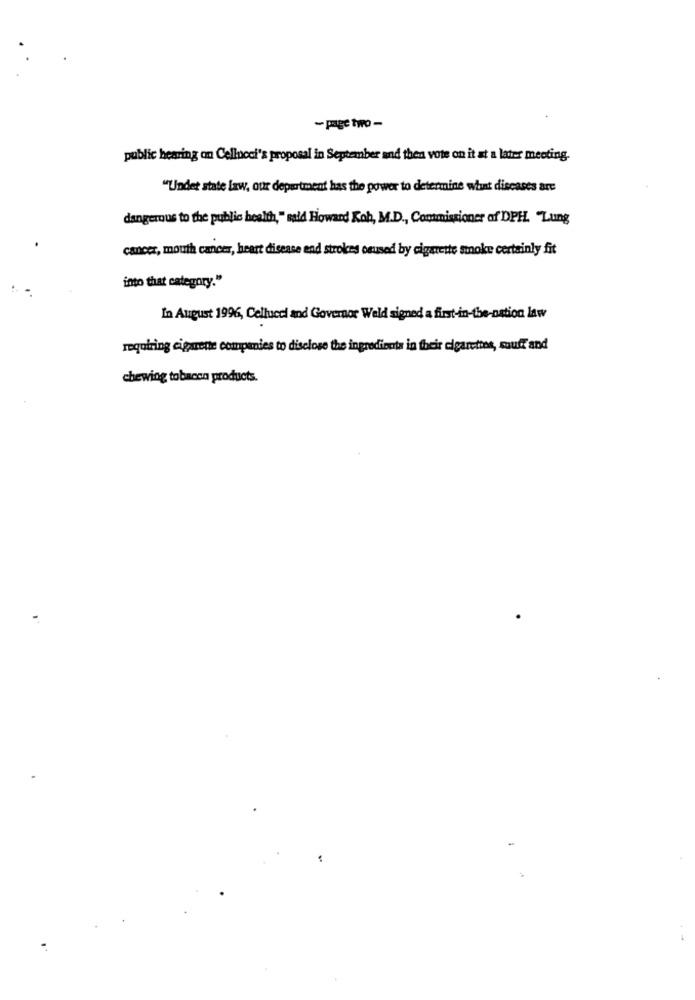
- page two -
public hearing on Cellucci's proposal in September and then vote on it at a later meeting.
"Under state law, our department has the power to determine what diseases are
dangerous to the public health," said Howard Koh, M.D ., Commissioner of DPH. "Lung
cancer, mouth cancer, heart disease end strokes osused by cigarette smoke certainly fit
into that category."
In August 1996, Cellucci and Governor Weld signed a first-in-the-nation law
requiring cigarette companies to disclose the ingredients in their cigarettes, sauff and
chewing tobacco products.